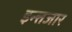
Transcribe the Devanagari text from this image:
इन्त्तजार